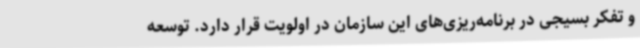
و تفکر بسیجی در برنامه‌ریزی‌های این سازمان در اولویت قرار دارد. توسعه